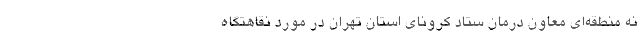
نه منطقه‌ای معاون درمان ستاد کرونای استان تهران در مورد نقاهتگاه‌